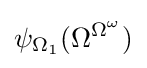
\psi _{\Omega _{1}}(\Omega ^{\Omega ^{\omega }})